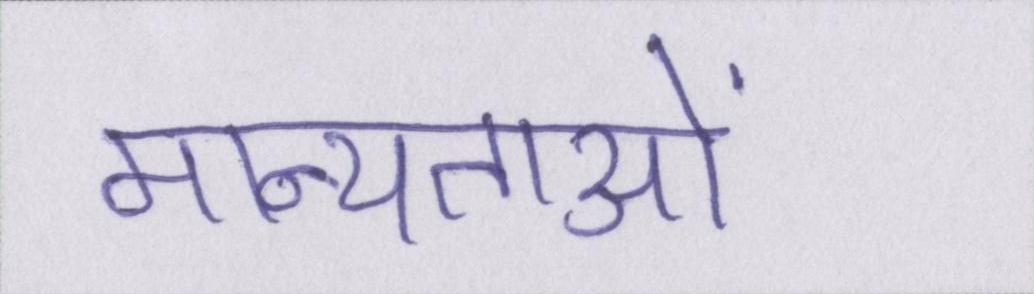
मान्यताओं